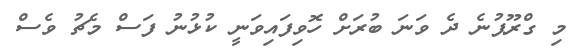
މި ގްރޫޕުނެ ދެ ވަނަ ބުރަށް ހޮވިފައިވަނީ ކުޅުނު ފަސް މެޗު ވެސް